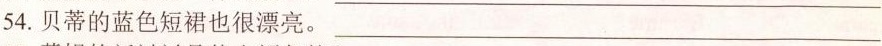
54.贝蒂的蓝色短裙也很漂亮。___